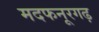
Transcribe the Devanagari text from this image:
मदफनूरगढ़